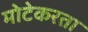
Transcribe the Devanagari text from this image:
मोटेकरता